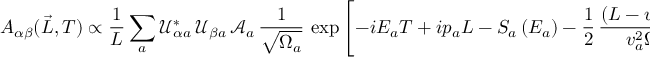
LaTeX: A _ { \alpha \beta } ( \vec { L } , T ) \propto \frac { 1 } { L } \sum _ { a } \mathcal { U } _ { { \alpha } a } ^ { * } \, \mathcal { U } _ { { \beta } a } \, \mathcal { A } _ { a } \, \frac { 1 } { \sqrt { \Omega _ { a } } } \, \exp \left[ - i E _ { a } T + i p _ { a } L - S _ { a } \left( E _ { a } \right) - \frac { 1 } { 2 } \, \frac { \left( L - v _ { a } T \right) ^ { 2 } } { v _ { a } ^ { 2 } \Omega _ { a } } \right]